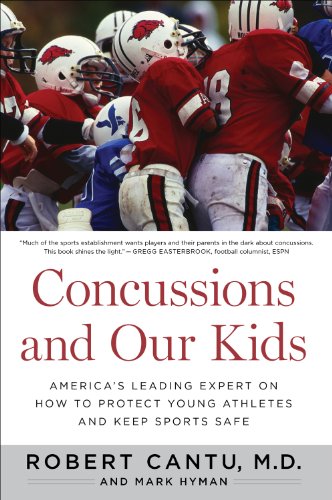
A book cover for Concussions and Our Kids: America's Leading Expert on How to Protect Young Athletes and Keep Sports Safe; Dr. Robert Cantu; Health, Fitness & Dieting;